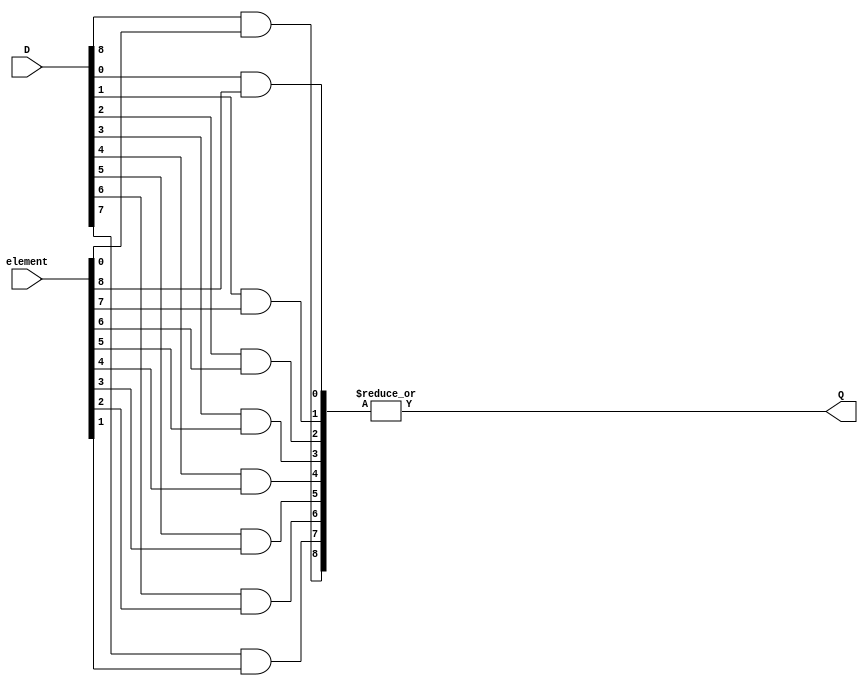
module DilateNode #(
	parameter Width = 3,
	parameter Height = 3
)(
	input [Width*Height-1:0]element,
	input [Width*Height-1:0]D,
	output Q
);

	wire [Width*Height-1:0]products;
	assign Q = |products;
	
	genvar l,c;
	generate
		for(l=0;l<Height;l=l+1)
		begin: _line_
			for(c=0;c<Width;c=c+1)
			begin: _column_
				assign products[l*Width+c] = D[l*Width+c] & element[(Height-1-l)*Width+(Width-1-c)];
			end
		end

	endgenerate



endmodule